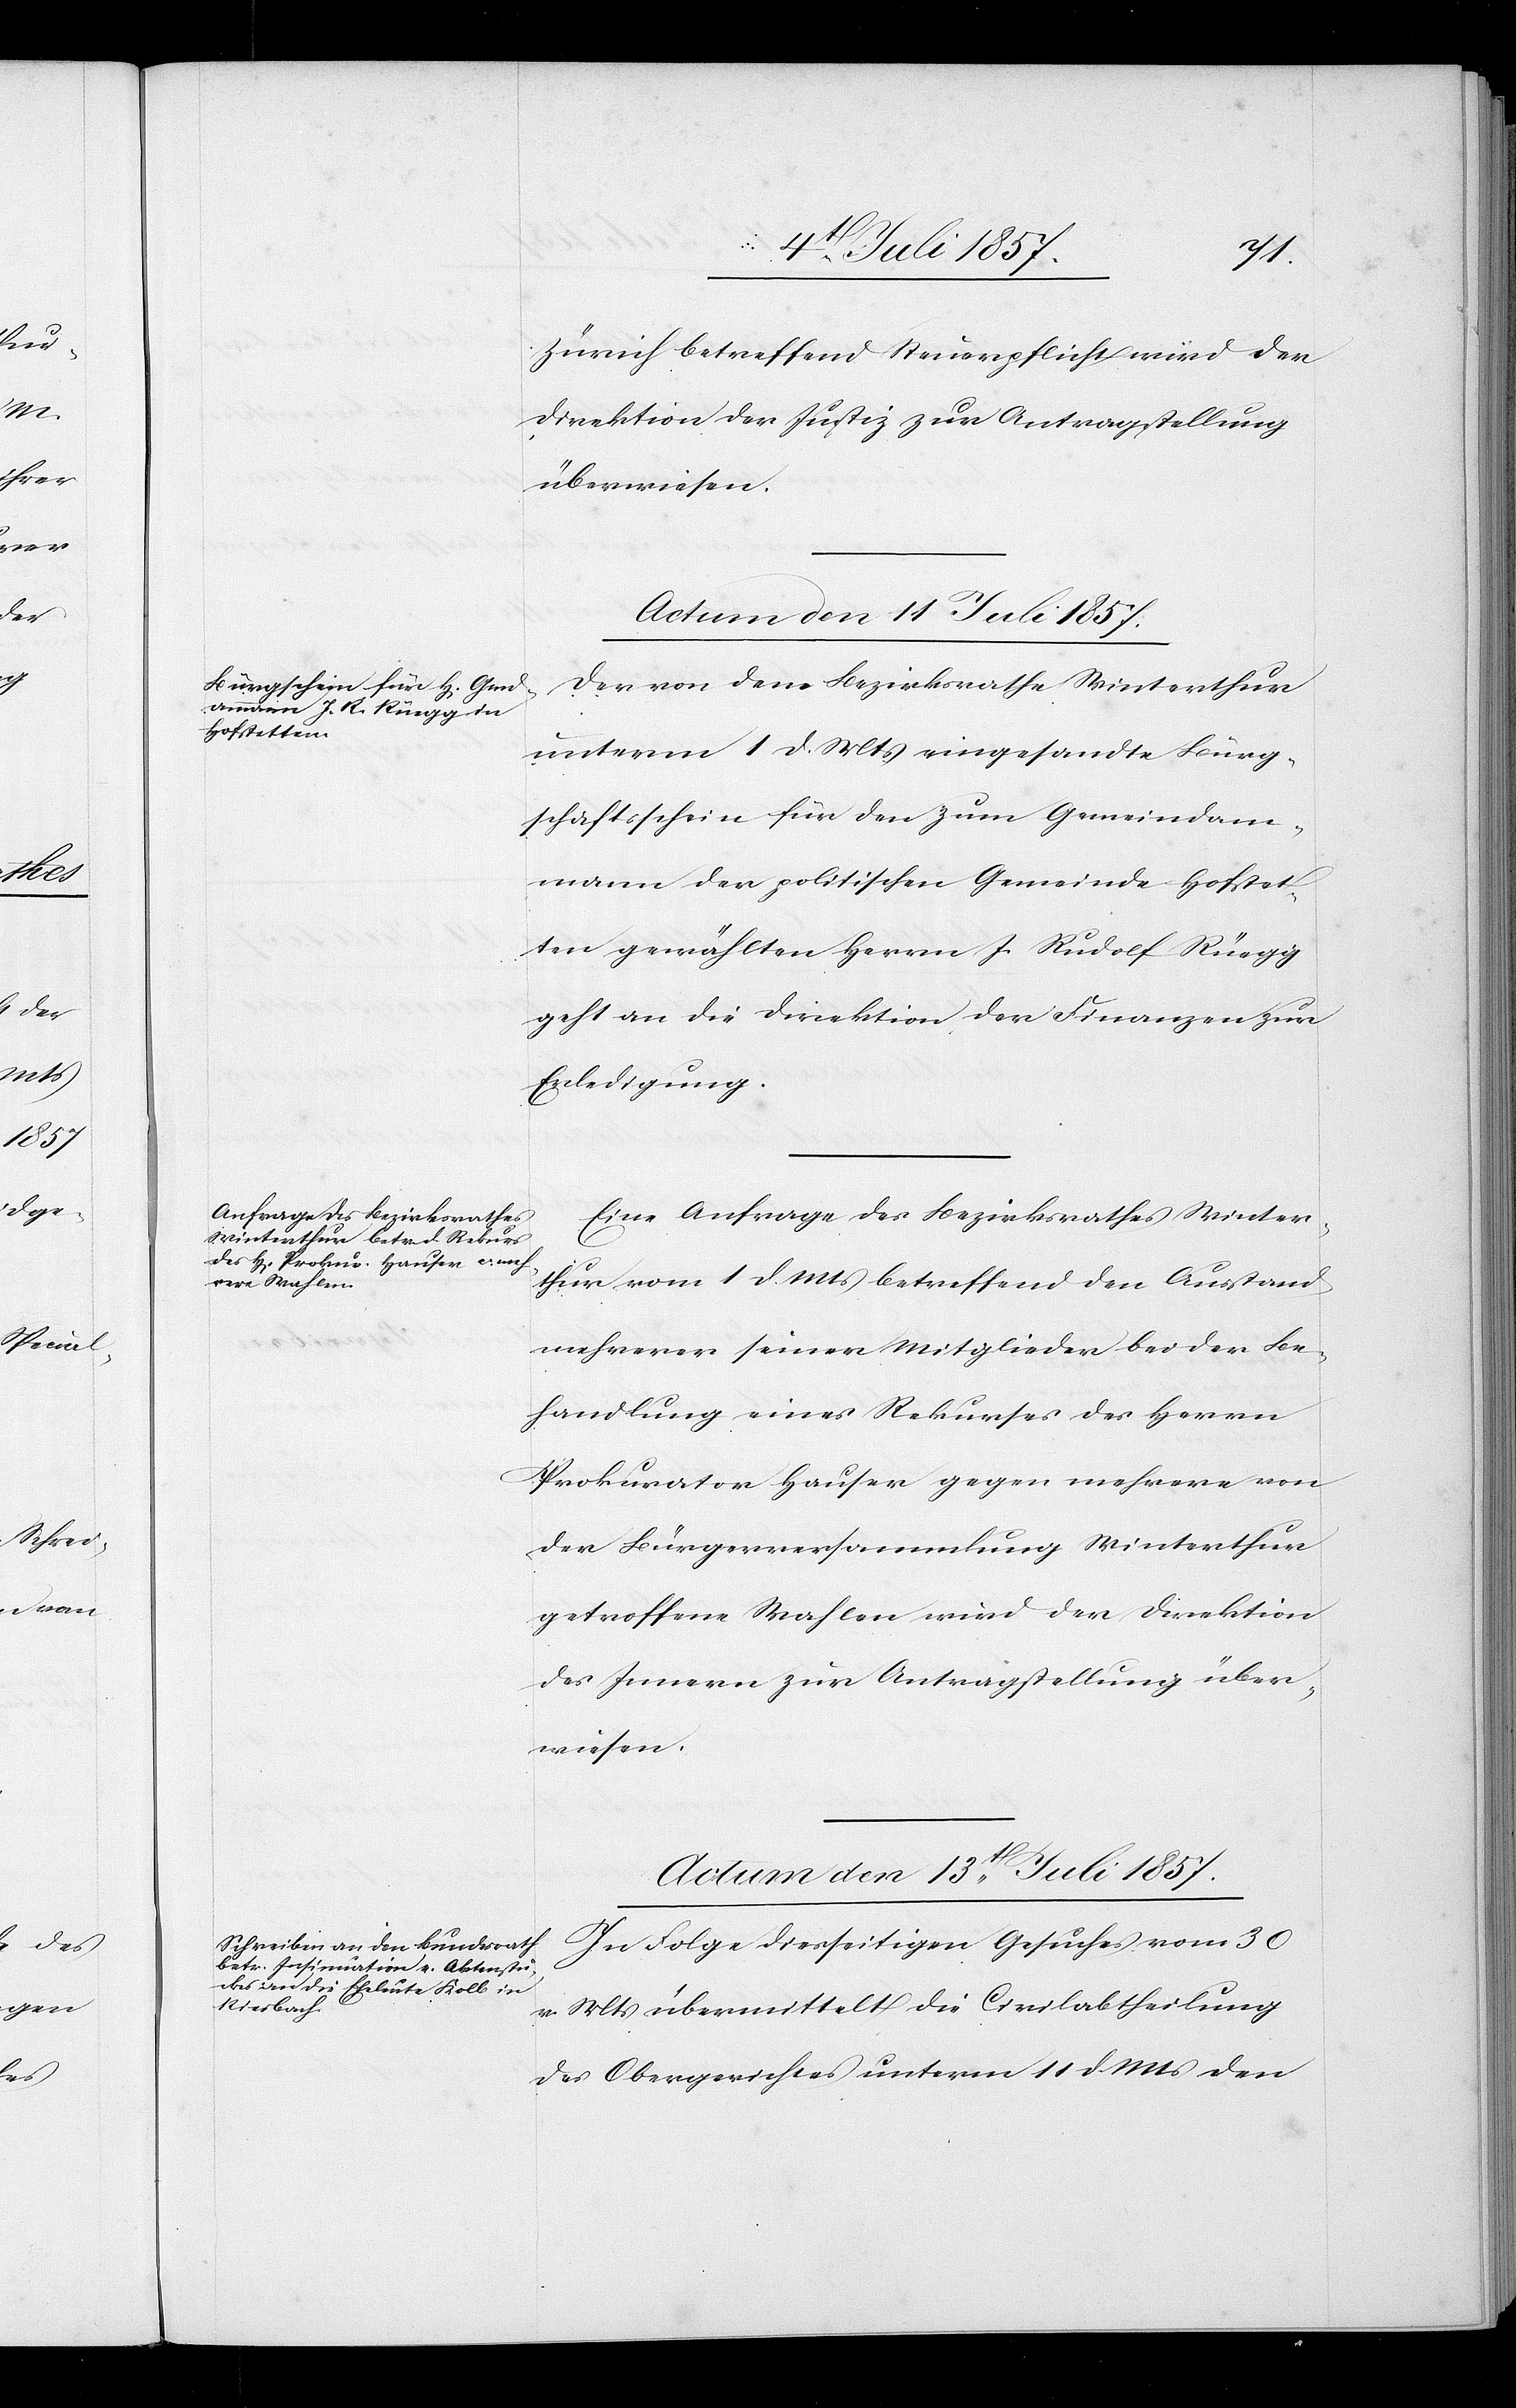
Zürich betreffend Steuerpflicht wird der
Direktion der Justiz zur Antragstellung
überwiesen.
Actum den 13t Juli 1857.
Der von dem Bezirksrathe Winterthur
unterm 1 d. Mts. eingesandte Bürg¬
schaftsschein für den zum Gemeindam¬
mann der politischen Gemeinde Hofstet¬
ten gewählten Herrn J. Rudolf Rüegg
geht an die Direktion der Finanzen zur
Erledigung.
Eine Anfrage des Bezirksrathes Winter¬
thur vom 1 d. Mts. betreffend den Ausstand
mehrerer seiner Mitglieder bei der Be¬
handlung eines Rekurses des Herrn
Prokurator Hauser gegen mehrere von
der Bürgerversammlung Winterthur
getroffene Wahlen wird der Direktion
des Innern zur Antragstellung über¬
wiesen.
In Folge diesseitigen Gesuches vom 30
v. Mts. übermittelt die Civilabtheilung
des Obergerichtes unterm 11 d. Mts. den